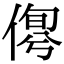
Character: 𠋹